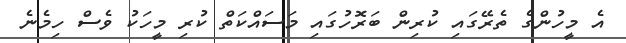
އެ މީހުންގެ ތެރޭގައި ކުރިން ބަރޮހުގައި މަސައްކަތް ކުރި މީހަކު ވެސް ހިމެނެ